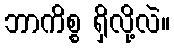
ဘာကိစ္စ ရှိလို့လဲ။